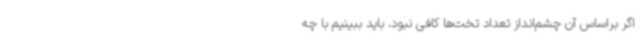
اگر براساس آن چشم‌انداز تعداد تخت‌ها کافی نبود، باید ببینیم با چه